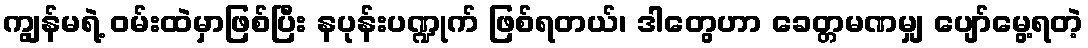
ကျွန်မရဲ့ ဝမ်းထဲမှာဖြစ်ပြီး နပုန်းပဏ္ဍုက် ဖြစ်ရတယ်၊ ဒါတွေဟာ ခေတ္တမဏမျှ ပျော်မွေ့ရတဲ့